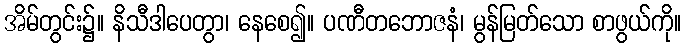
အိမ်တွင်း၌။ နိသီဒါပေတွာ၊ နေစေ၍။ ပဏီတဘောဇနံ၊ မွန်မြတ်သော စာဖွယ်ကို။